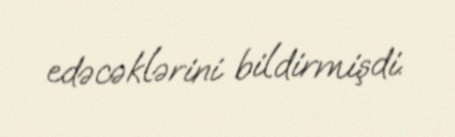
edəcəklərini bildirmişdi.